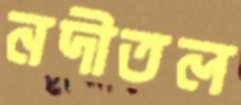
নদীতল